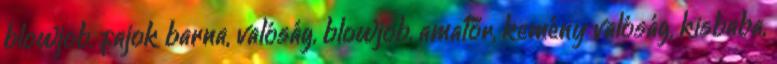
blowjob, fajok barna, valóság, blowjob, amatőr, kemény valóság, kisbaba,